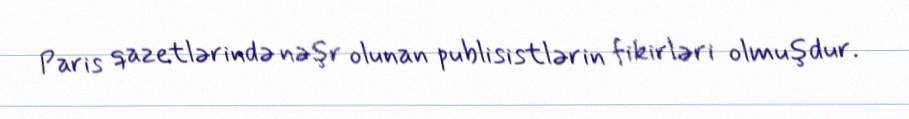
Paris qazetlərində nəşr olunan publisistlərin fikirləri olmuşdur.